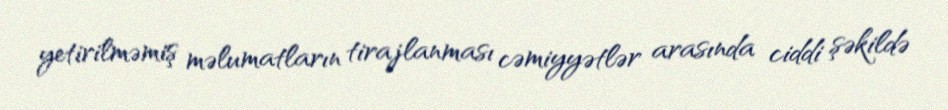
yetirilməmiş məlumatların tirajlanması cəmiyyətlər arasında ciddi şəkildə